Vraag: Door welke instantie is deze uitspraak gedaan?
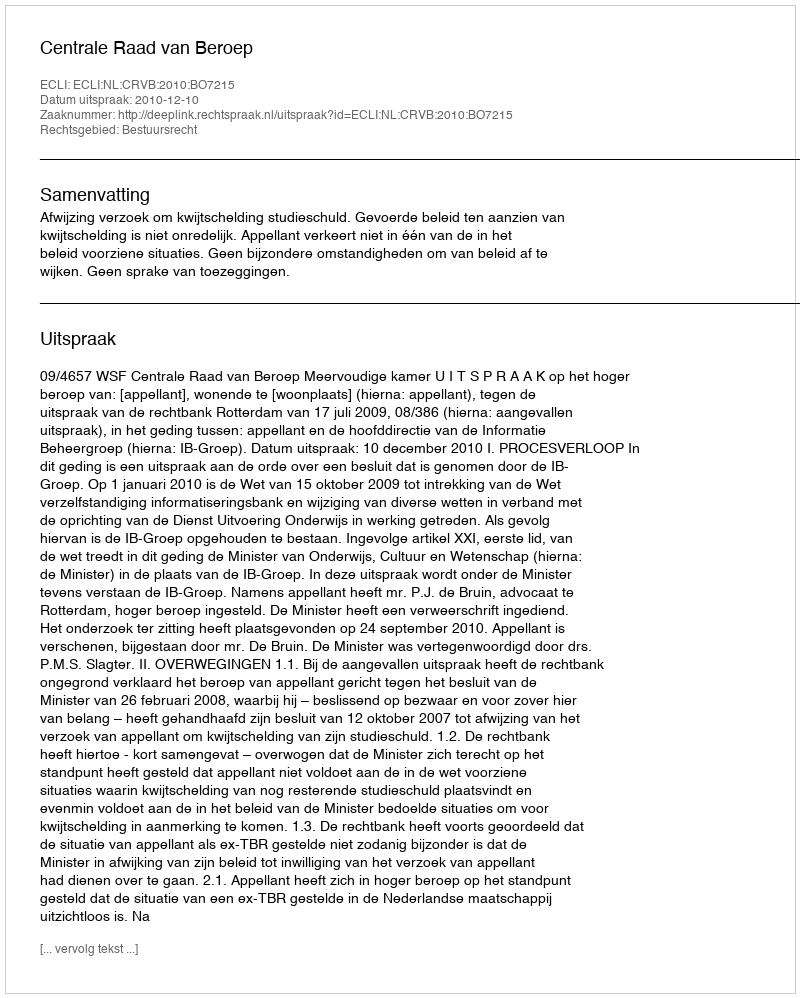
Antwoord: Centrale Raad van Beroep